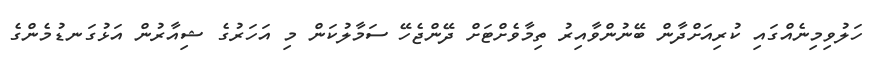
ހަލުވިމިނެއްގައި ކުރިއަށްދާން ބޭނުންވާއިރު ތިމާވެށްޓަށް ދޭންޖެހޭ ސަމާލުކަން މި އަހަރުގެ ޝިއާރުން އަޅުގަނޑުމެންގެ